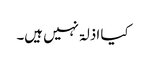
کیا اذلۃ نہیں ہیں۔